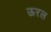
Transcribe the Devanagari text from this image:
ऊरल